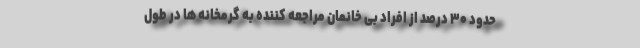
حدود ۳۰ درصد از افراد بی خانمان مراجعه کننده به گرمخانه ها در طول